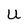
Character: U